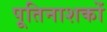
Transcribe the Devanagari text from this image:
पूतिनाशकों